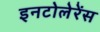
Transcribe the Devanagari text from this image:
इनटोलेरेंस